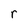
Character: r